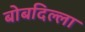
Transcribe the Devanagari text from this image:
बोबदिल्ला